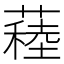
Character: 𦽂